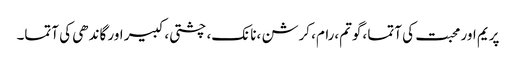
پریم اور محبت کی آتما ،گوتم،رام، کرشن ،نانک، چشتی، کبیر اور گاندھی کی آتما۔